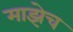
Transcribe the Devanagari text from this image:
माझेच